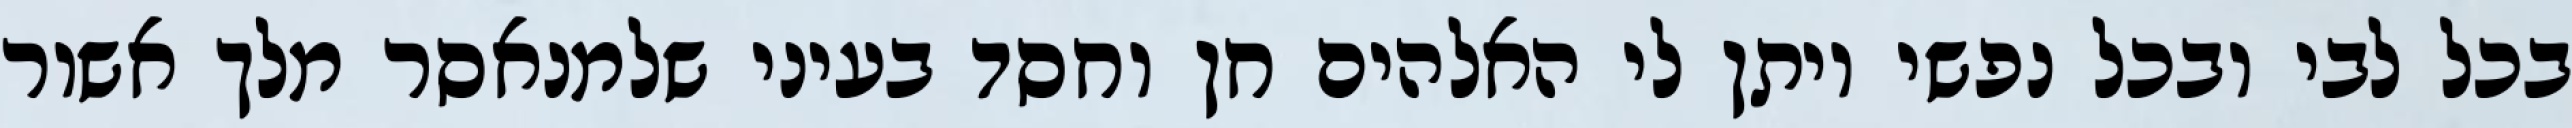
בכל לבי ובכל נפשי ויתן לי האלהים חן וחסד בעיני שלמנאסר מלך אשור